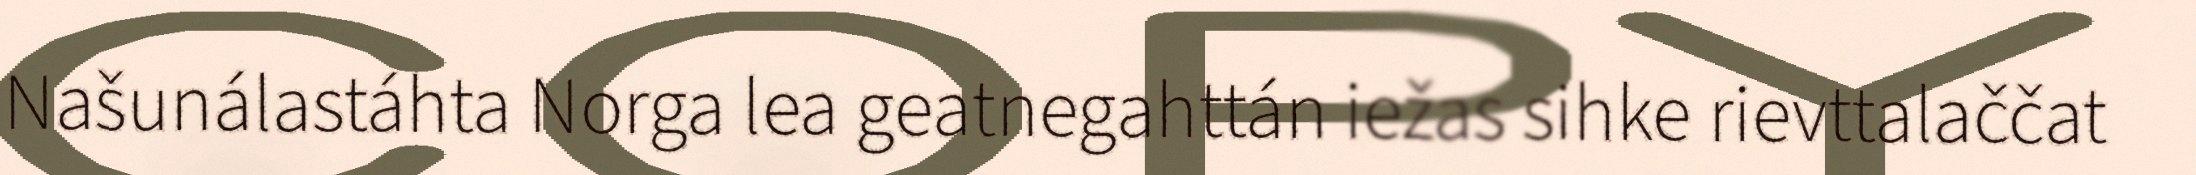
Našunálastáhta Norga lea geatnegahttán iežas sihke rievttalaččat